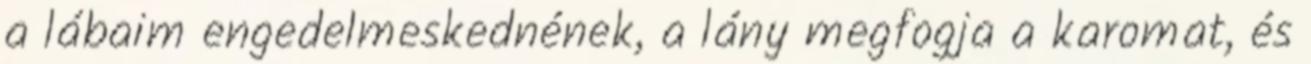
a lábaim engedelmeskednének, a lány megfogja a karomat, és